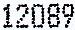
12089